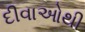
દીવાઓથી